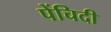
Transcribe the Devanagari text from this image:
पेंचिदी